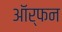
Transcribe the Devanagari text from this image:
ऑर्फन